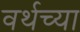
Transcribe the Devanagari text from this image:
वर्थच्या